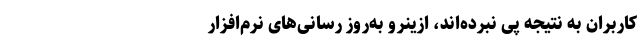
کاربران به نتیجه پی نبرده­‌اند، ازینرو به‌روز رسانی­‌های نرم‌­افزار